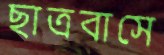
ছাত্রবাসে